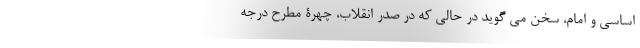
اساسی و امام، سخن می گوید در حالی که در صدر انقلاب، چهرۀ مطرح درجه